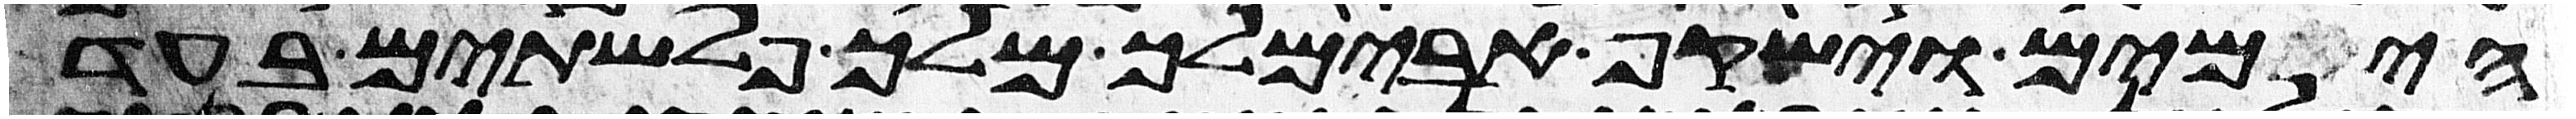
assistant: הימים וישקף אבימלך מלך פלשתים בעד